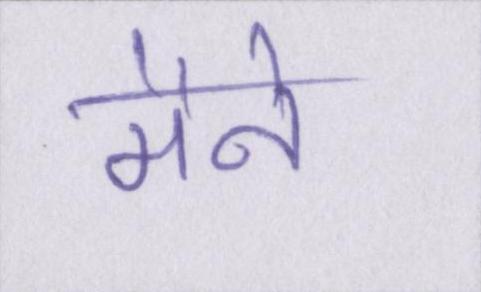
मैने